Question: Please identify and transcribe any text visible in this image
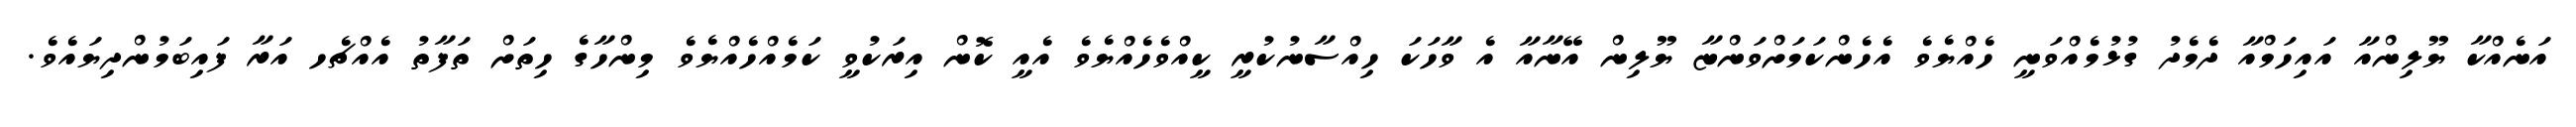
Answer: އަނެއްކާ ޔޫލިންއާ އައިހަމްއާ ދެމެދު ގުޅުމެއްވަނީ ހެއްޔެވެ އެހެންކަމަށްވަންޏާ ޔޫލިން އޭނާއާ އެ ވާހަކަ ހިއްސާނުކުރީ ކީއްވެހެއްޔެވެ އެއީ ކޮން އިރަކުވީ ކަމެއްހެއްޔެވެ މިންހާގެ ހިތަށް ތަފާތު އެއްޗެހ އަރާ ފައިބަމުންދިޔައެވެ.